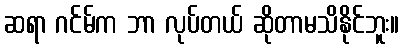
ဆရာ ဂင်မ်က ဘာ လုပ်တယ် ဆိုတာမသိနိုင်ဘူး။